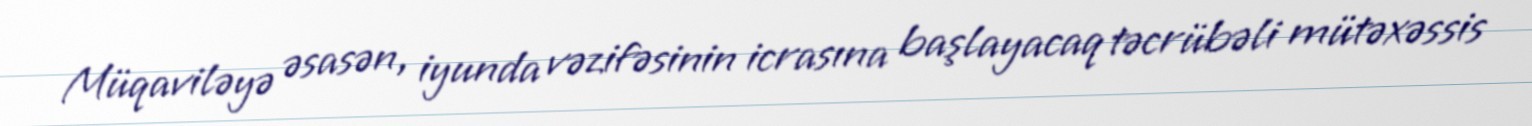
Müqaviləyə əsasən, iyunda vəzifəsinin icrasına başlayacaq təcrübəli mütəxəssis